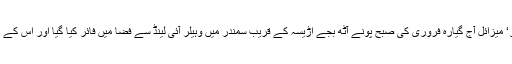
بھارت کی دفاعی تحقیق اور ترقی کی تنظیم ڈی آر ڈی او (DRDO) کے مطابق یہ نیا ’انٹرسیپٹر‘ میزائل آج گیارہ فروری کی صبح پونے آٹھ بجے اڑیسہ کے قریب سمندر میں وہیلر آئی لینڈ سے فضا میں فائر کیا گیا اور اس کے ذریعے ایک بیلسٹک میزائل کو سو کلومیٹر کی بلندی پر کامیابی سے فضا میں ہی تباہ کر دیا گیا۔